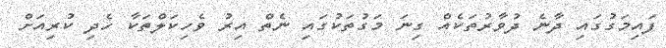
ފައިމަގުގައި ދާނެ ދުވާރުތަކެއް ގިނަ މަގުތަކުގައި ނެތް އިރު ވެހިކަލްތަކާ ހެދި ކުރިއަށް